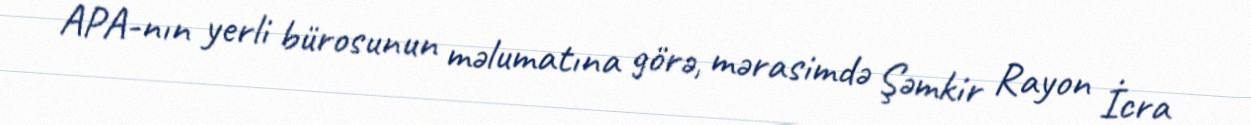
APA-nın yerli bürosunun məlumatına görə, mərasimdə Şəmkir Rayon İcra